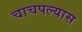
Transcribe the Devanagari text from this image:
चाचपल्यास